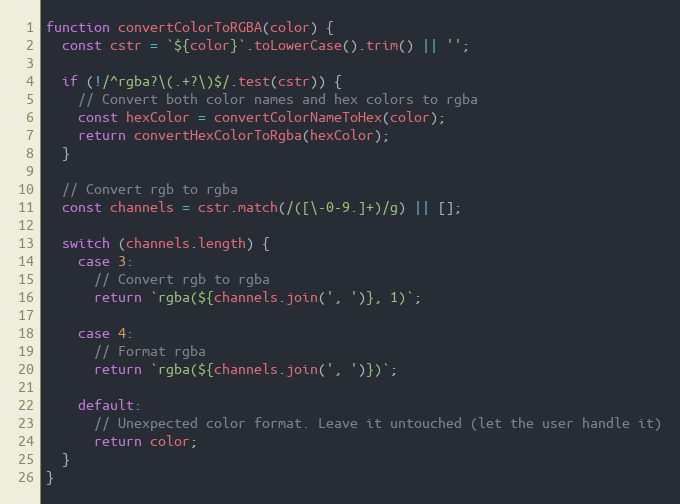
Language: JavaScript
function convertColorToRGBA(color) {
  const cstr = `${color}`.toLowerCase().trim() || '';

  if (!/^rgba?\(.+?\)$/.test(cstr)) {
    // Convert both color names and hex colors to rgba
    const hexColor = convertColorNameToHex(color);
    return convertHexColorToRgba(hexColor);
  }

  // Convert rgb to rgba
  const channels = cstr.match(/([\-0-9.]+)/g) || [];

  switch (channels.length) {
    case 3:
      // Convert rgb to rgba
      return `rgba(${channels.join(', ')}, 1)`;

    case 4:
      // Format rgba
      return `rgba(${channels.join(', ')})`;

    default:
      // Unexpected color format. Leave it untouched (let the user handle it)
      return color;
  }
}